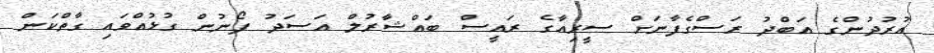
އުރުދުންގެ އަބްދު ރަސްގެފާނަށް ސީރިއާގެ ރައީސް ބައްޝާރުލް އަސަދު ފޯނުން ގުޅުއްވައި ގާތްކަން